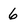
Character: 6